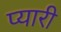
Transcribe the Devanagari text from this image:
प्‍यारी